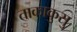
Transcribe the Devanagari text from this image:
ताकाकुसु